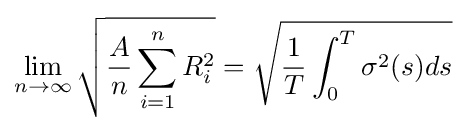
\lim _{n\to \infty }{\sqrt {{\frac {A}{n}}\sum _{i=1}^{n}R_{i}^{2}}}={\sqrt {{\frac {1}{T}}\int _{0}^{T}\sigma ^{2}(s)ds}}